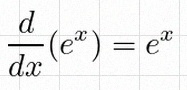
\frac{d}{dx}(e^x)=e^x